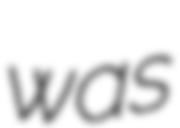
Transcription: was